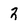
Character: 2